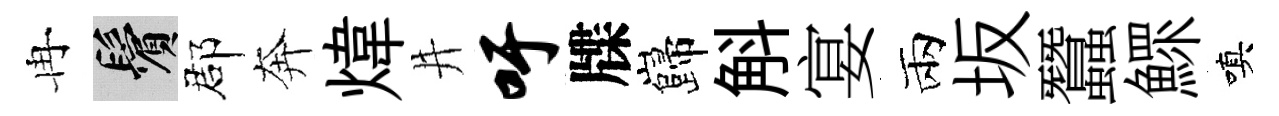
冉鬢郡奔煒井吁牒巋斛宴兩坂蠶鰥嗔